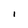
Character: I